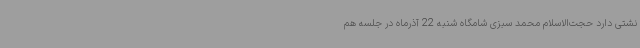
نشتی دارد حجت‌الاسلام محمد سبزی شامگاه شنبه 22 آذرماه در جلسه هم